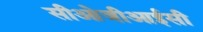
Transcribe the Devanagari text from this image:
सीओजीआईसी